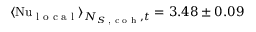
\langle \mathrm { N u } _ { \textrm { l o c a l } } \rangle _ { N _ { S \textrm { , c o h } } , t } = 3 . 4 8 \pm 0 . 0 9